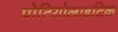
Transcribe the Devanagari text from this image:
प्रोटियोलाइटिक